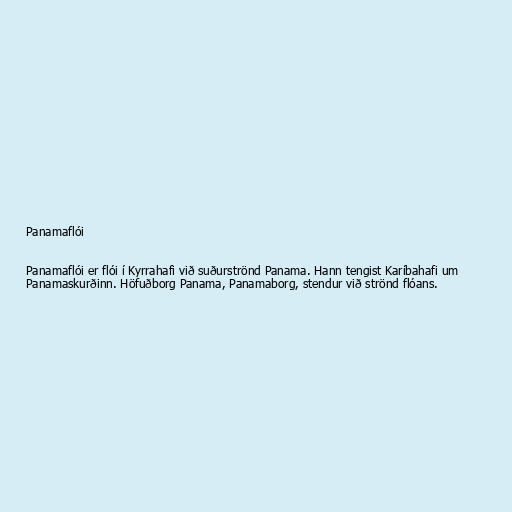
Panamaflói

Panamaflói er flói í Kyrrahafi við suðurströnd Panama. Hann tengist Karíbahafi um
Panamaskurðinn. Höfuðborg Panama, Panamaborg, stendur við strönd flóans.